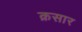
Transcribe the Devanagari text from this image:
क़सार